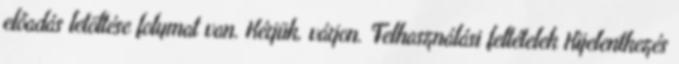
előadás letöltése folymat van. Kérjük, várjon. Felhasználási feltételek Kijelentkezés